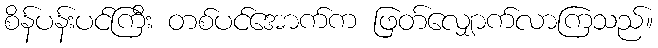
စိန်ပန်းပင်ကြီး တစ်ပင်အောက်က ဖြတ်လျှောက်လာကြသည်။